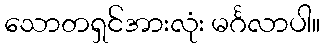
သောတရှင်အားလုံး မင်္ဂလာပါ။